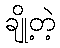
ချို့တဲ့